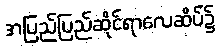
အပြည်ပြည်ဆိုင်ရာလေဆိပ်၌